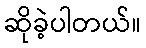
ဆိုခဲ့ပါတယ်။